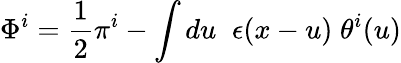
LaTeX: \Phi^{i}=\frac{1}{2}\pi^{i}-\int du\; \; \epsilon(x-u)\; \theta^{i}(u)